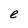
Character: e